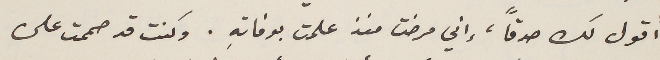
أقول لك صدقاً، إني مرضت منذ علمت بوفاتهِ. وكنت قد صممت على